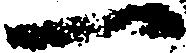
一